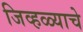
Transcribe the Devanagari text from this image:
जिव्हळ्याचे